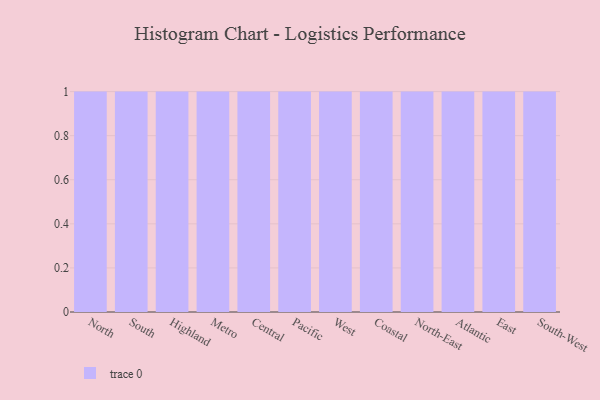
{"axis": {"x": "Region", "y": "Headcount"}, "legend": [""], "data": [{"x": "North", "y": 54, "type": ""}, {"x": "South", "y": 53, "type": ""}, {"x": "Highland", "y": 77, "type": ""}, {"x": "Metro", "y": 30, "type": ""}, {"x": "Central", "y": 46, "type": ""}, {"x": "Pacific", "y": 54, "type": ""}, {"x": "West", "y": 42, "type": ""}, {"x": "Coastal", "y": 62, "type": ""}, {"x": "North-East", "y": 19, "type": ""}, {"x": "Atlantic", "y": 77, "type": ""}, {"x": "East", "y": 63, "type": ""}, {"x": "South-West", "y": 61, "type": ""}]}